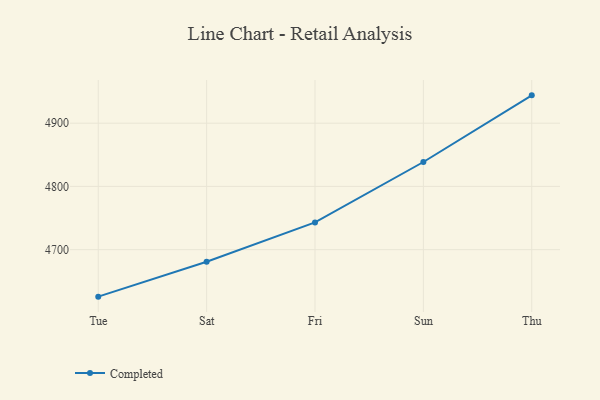
{"axis": {"x": "Day", "y": "Page Views"}, "legend": ["Completed"], "data": [{"x": "Tue", "y": 4625.7, "type": "Completed"}, {"x": "Sat", "y": 4680.8, "type": "Completed"}, {"x": "Fri", "y": 4743.1, "type": "Completed"}, {"x": "Sun", "y": 4838.6, "type": "Completed"}, {"x": "Thu", "y": 4944.0, "type": "Completed"}]}